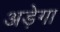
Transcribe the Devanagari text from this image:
अड़ेगा